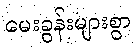
မေးခွန်းများစွာ